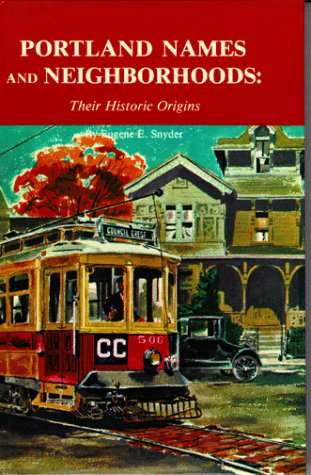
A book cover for Portland Names and Neighborhoods: Their Historic Origins; Eugene E. Snyder; Travel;